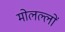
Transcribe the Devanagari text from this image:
मोलल्लों